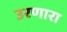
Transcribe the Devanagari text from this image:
उरणारा